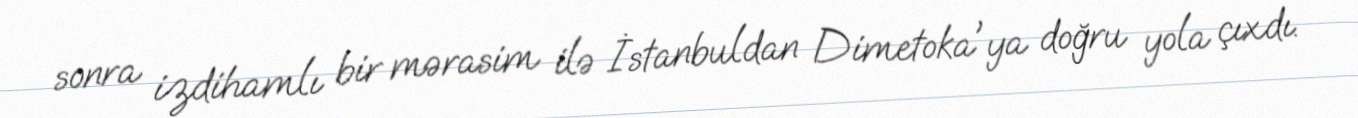
sonra izdihamlı bir mərasim ilə İstanbuldan Dimetoka'ya doğru yola çıxdı.